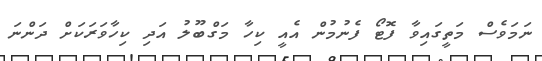
ނަމަވެސް މަތީގައިވާ ފޮޓޯ ފެނުމުން އެއީ ކިހާ މަގްބޫލު އަދި ކިހާވަރަކަށް ދަންނަ